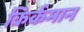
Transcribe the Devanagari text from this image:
किर्कमान